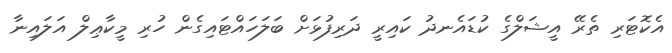
އެކޮޓަރި ތެރޭ އީޝަލްގެ ކުޑައެނދު ކައިރީ ދަރިފުޅަށް ބަލަހައްޓައިގެން ހުރި މީކާޢިލް އަލައިނާ